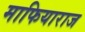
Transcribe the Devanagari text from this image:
माफियाराज